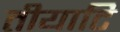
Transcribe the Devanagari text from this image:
तीयाटि